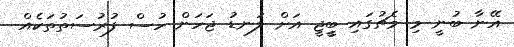
އޭނާ ބުނީ މި މެޗުގައި ބީީޖީ އަށް ލަނޑު ޖަހަން ހުސް ފުރުސަތުތަކެއް